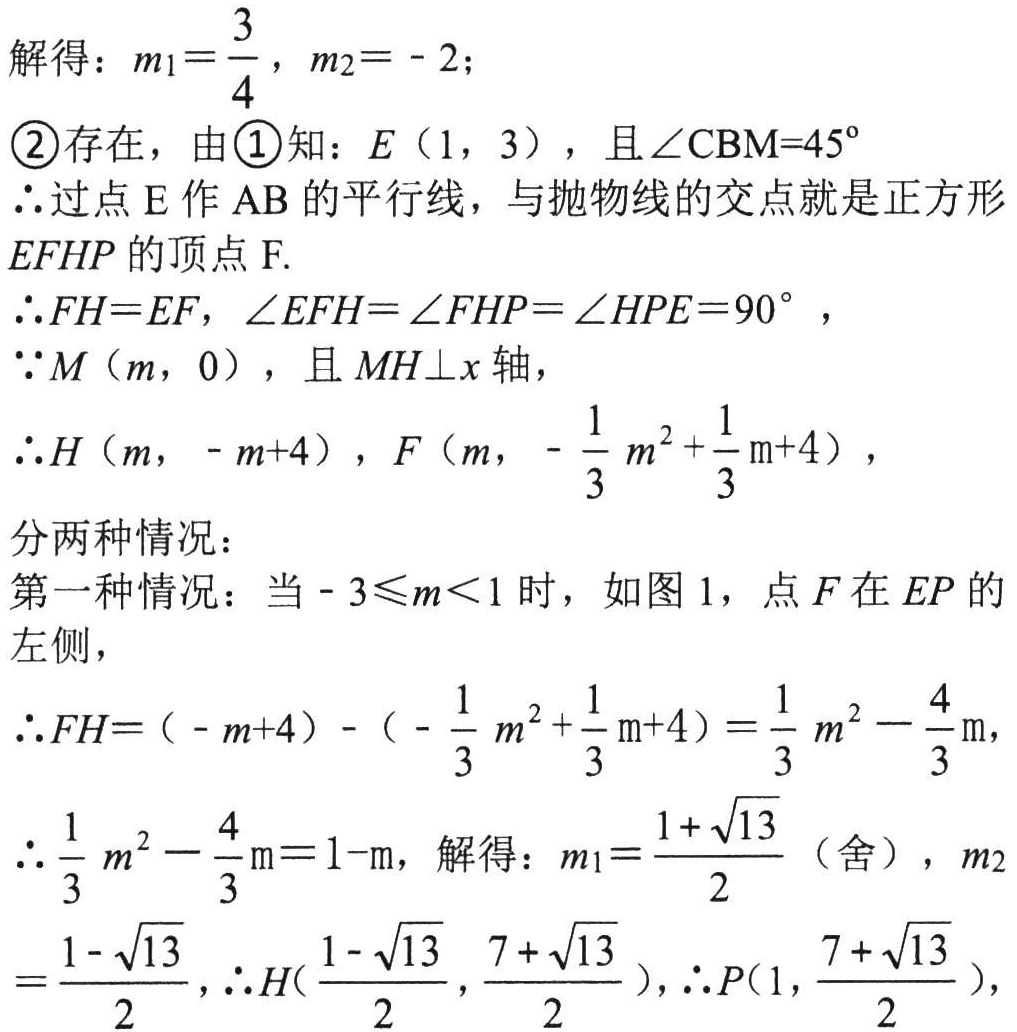
解得：\(m_{1}=\frac{3}{4}\)，\(m_{2}=-2\)；
\textcircled{2}存在，由\textcircled{1}知：\(E\)（\(1\)，\(3\)），且\(\angle CBM = 45^{\circ}\)
\(\therefore\)过点\(E\)作\(AB\)的平行线，与抛物线的交点就是正方形
\(EFHP\)的顶点\(F\).
\(\therefore FH = EF\)，\(\angle EFH=\angle FHP=\angle HPE = 90^{\circ}\)，
\(\because M\)（\(m\)，\(0\)），且\(MH\perp x\)轴，
\(\therefore H\)（\(m\)，\(-m + 4\)），\(F\)（\(m\)，\(-\frac{1}{3}m^{2}+\frac{1}{3}m + 4\)），
分两种情况：
第一种情况：当\(-3\leqslant m<1\)时，如图1，点\(F\)在\(EP\)的左侧，
\(\therefore FH=(-m + 4)-(-\frac{1}{3}m^{2}+\frac{1}{3}m + 4)=\frac{1}{3}m^{2}-\frac{4}{3}m\)，
\(\therefore\frac{1}{3}m^{2}-\frac{4}{3}m = 1 - m\)，解得：\(m_{1}=\frac{1+\sqrt{13}}{2}\)（舍），\(m_{2}\)
\(=\frac{1-\sqrt{13}}{2}\)，\(\therefore H(\frac{1 - \sqrt{13}}{2},\frac{7+\sqrt{13}}{2})\)，\(\therefore P(1,\frac{7+\sqrt{13}}{2})\)，